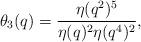
LaTeX: \begin{align*}\theta_3(q)=\frac{\eta(q^2)^5}{\eta(q)^2\eta(q^4)^2},\end{align*}